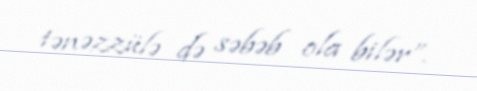
tənəzzülə də səbəb ola bilər”.